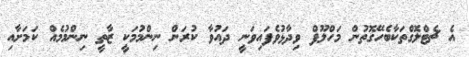
އެ ޗެޓްލޮގްތަކާބެހޭގޮތުން މަހްލޫފް ވިދާޅުވެފައިވަނީ ދައުވާ ކުރަން ނިންމުމަކީ ޒާތީ ނިންމުމެއް ކަމަށާއި